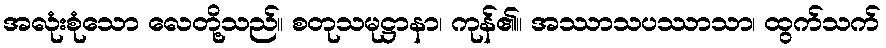
အလုံးစုံသော လေတို့သည်။ စတုသမုဋ္ဌာနာ၊ ကုန်၏။ အဿာသပဿာသာ၊ ထွက်သက်